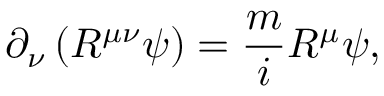
\partial _ { \nu } \left( R ^ { \mu \nu } \psi \right) = \frac { m } { i } R ^ { \mu } \psi ,